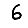
Digit: 6